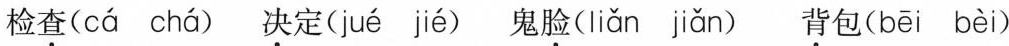
检查( cá chá ) 决定( jué jié ) 鬼脸( liǎn jiǎn ) 背包( bēi bèi )